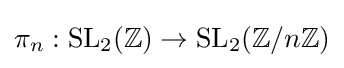
\pi _{n}:\mathrm {SL} _{2}(\mathbb {Z} )\to \mathrm {SL} _{2}(\mathbb {Z} /n\mathbb {Z} )